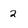
Character: 2